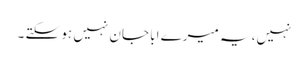
نہیں، یہ میرے ابا جان نہیں ہو سکتے ۔